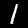
Label: 1